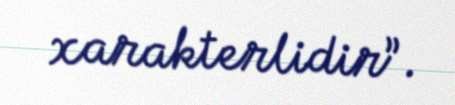
xarakterlidir”.